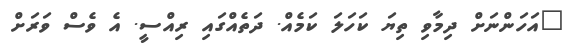
"އަހަންނަށް ދިމާވި ތިޔަ ކަހަލަ ކަމެއް. ދަތެއްގައި ރިއްސީ. އެ ވެސް ވަރަށް